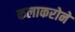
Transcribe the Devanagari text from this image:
कलाकरोने